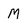
Character: M